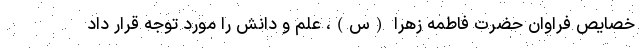
خصایص فراوان حضرت فاطمه زهرا (س)، علم و دانش را مورد توجه قرار داد